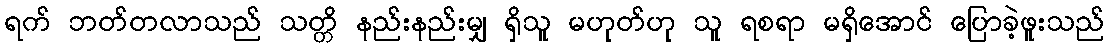
ရက် ဘတ်တလာသည် သတ္တိ နည်းနည်းမျှ ရှိသူ မဟုတ်ဟု သူ ရစရာ မရှိအောင် ပြောခဲ့ဖူးသည်